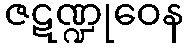
ဇဋဏ္ဍုဝေန